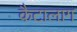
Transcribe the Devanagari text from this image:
कैटालाग